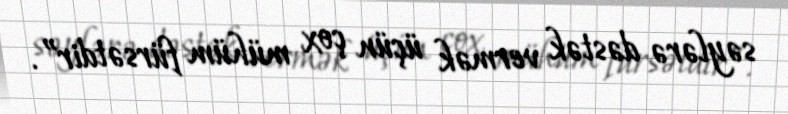
səylərə dəstək vermək üçün çox mühüm fürsətdir”.